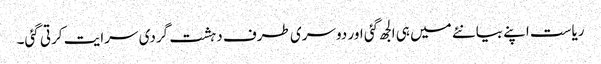
ریاست اپنے بیانئے میں ہی الجھ گئی اور دوسری طرف دہشت گردی سرایت کرتی گئی۔